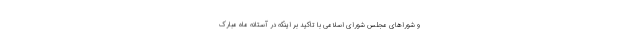
و شوراهای مجلس شورای اسلامی با تاکید بر اینکه در آستانه ماه مبارک